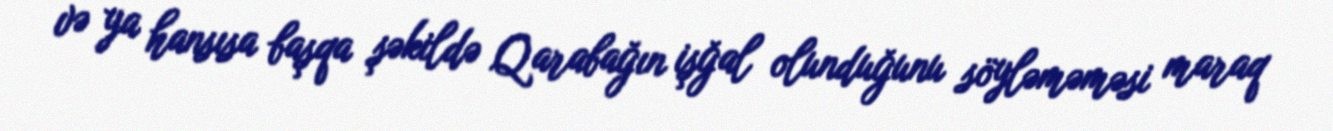
və ya hansısa başqa şəkildə Qarabağın işğal olunduğunu söyləməməsi maraq